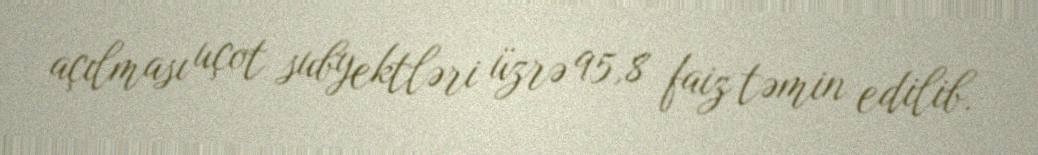
açılması uçot subyektləri üzrə 95,8 faiz təmin edilib.